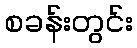
စခန်းတွင်း